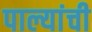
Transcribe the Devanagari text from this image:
पाल्यांची